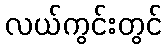
လယ်ကွင်းတွင်